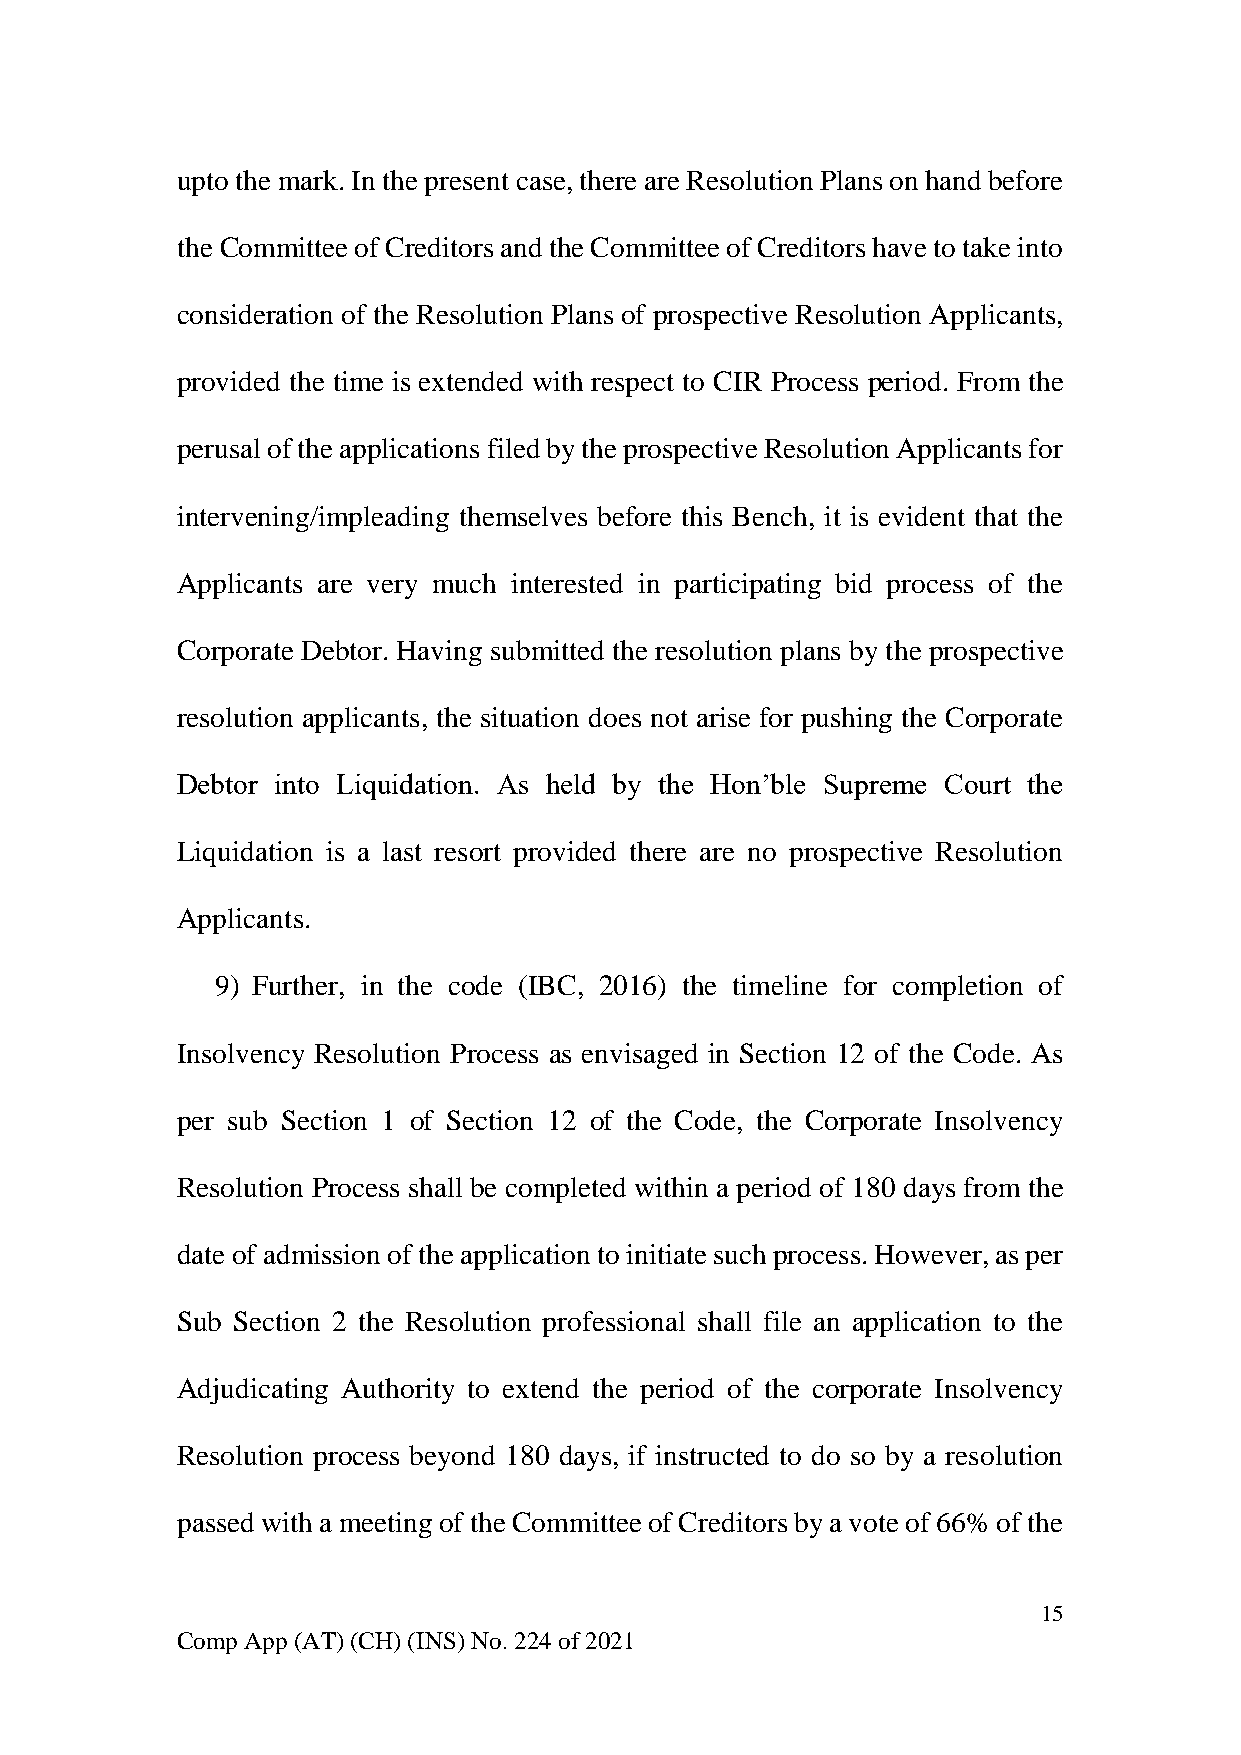
upto the mark. In the present case, there are Resolution Plans on hand before
 the Committee of Creditors and the Committee of Creditors have to take into
 consideration of the Resolution Plans of prospective Resolution Applicants,
 provided the time is extended with respect to CIR Process period. From the
 perusal of the applications filed by the prospective Resolution Applicants for
 intervening/impleading themselves before this Bench, it is evident that the
 Applicants are very much interested in participating bid process of the
 Corporate Debtor. Having submitted the resolution plans by the prospective
 resolution applicants, the situation does not arise for pushing the Corporate
 Debtor into Liquidation. As held by the Hon’ble Supreme Court the
 Liquidation is a last resort provided there are no prospective Resolution
 Applicants.
 9) Further, in the code (IBC, 2016) the timeline for completion of
 Insolvency Resolution Process as envisaged in Section 12 of the Code. As
 per sub Section 1 of Section 12 of the Code, the Corporate Insolvency
 Resolution Process shall be completed within a period of 180 days from the
 date of admission of the application to initiate such process. However, as per
 Sub Section 2 the Resolution professional shall file an application to the
 Adjudicating Authority to extend the period of the corporate Insolvency
 Resolution process beyond 180 days, if instructed to do so by a resolution
 passed with a meeting of the Committee of Creditors by a vote of 66% of the
 15
 Comp App (AT) (CH) (INS) No. 224 of 2021